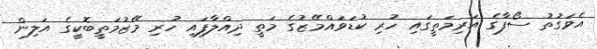
އެވަގުތު ސޯފާގެ އަރިމަތީގައި ހުރި ކުޑަވައްމޭޒުގެ މަތީ ދިއްލާފައި ހުރި މޭޒުމަތީބޮކީގެ އަލިން